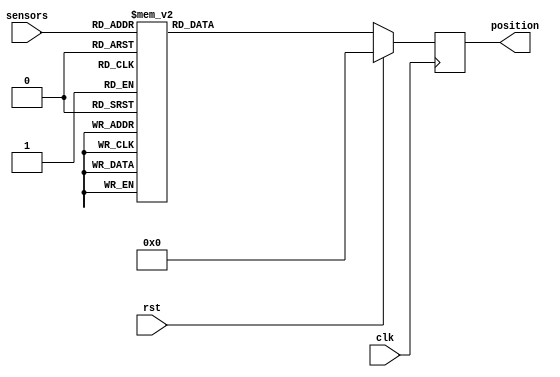
`timescale 1ns / 1ps

module sensor_handler(
    input wire clk,
    input wire rst,
    input wire [3:0] sensors,
    output reg [10:0] position
    );

reg [10:0] position_nxt;

always @(posedge clk) begin
    if(rst)
        position <= 0;
    else 
        position <= position_nxt;
end

always @(*) begin
    case(sensors)
    // 4'b1001:    position_nxt = 3000;
    // 4'b0111:    position_nxt = 6000;
    // 4'b0011:    position_nxt = 4500;
    // 4'b1110:    position_nxt = 1;
    // 4'b1100:    position_nxt = 1500;
    // 4'b1011:    position_nxt = 3750;
    // 4'b1101:    position_nxt = 2250;
    // 4'b0001:    position_nxt = 4000;
    // 4'b1000:    position_nxt = 2000;
    // default:    position_nxt = 8191;   // error case
    4'b1001:    position_nxt = 500;
    4'b0111:    position_nxt = 1000;
    4'b0011:    position_nxt = 750;
    4'b1110:    position_nxt = 1;
    4'b1100:    position_nxt = 250;
    4'b1011:    position_nxt = 625;
    4'b1101:    position_nxt = 375;
    4'b0001:    position_nxt = 666;
    4'b1000:    position_nxt = 333;
    default:    position_nxt = 1023;   // error case        
endcase
end
    
endmodule